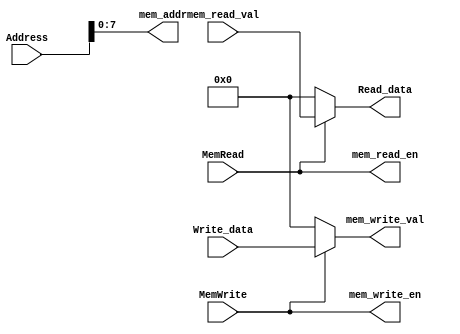
`ifndef __DATAMEMORY_V__
`define __DATAMEMORY_V__

module DataMemory # (
	parameter MEM_WIDTH = 32,
	parameter MEM_SIZE = 256
	)	(
	input wire [31:0] Address,
	input wire [31:0] Write_data,
	input wire MemRead,
	input wire MemWrite,
	output wire [31:0] Read_data,

	output wire [$clog2(MEM_SIZE)-1:0] mem_addr,
	output wire mem_read_en,
	output wire mem_write_en,
	input wire [MEM_WIDTH-1:0] mem_read_val,
	output wire [MEM_WIDTH-1:0] mem_write_val
	);

	assign mem_addr = Address;
	assign mem_read_en = MemRead;
	assign mem_write_en = MemWrite;
	assign mem_write_val = MemWrite ? Write_data : 0;
	assign Read_data = MemRead ? mem_read_val : 0;

endmodule

`endif /*__DATAMEMORY_V__*/